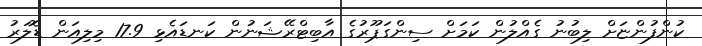
ކުންފުންޏަށް ލިބުނު ގެއްލުން ކަމަށް ސިންގަޕޫރުގެ އާބިޓްރޭޝަނުން ކަނޑައެޅި 17.9 މިލިއަން ޑޮލަރު